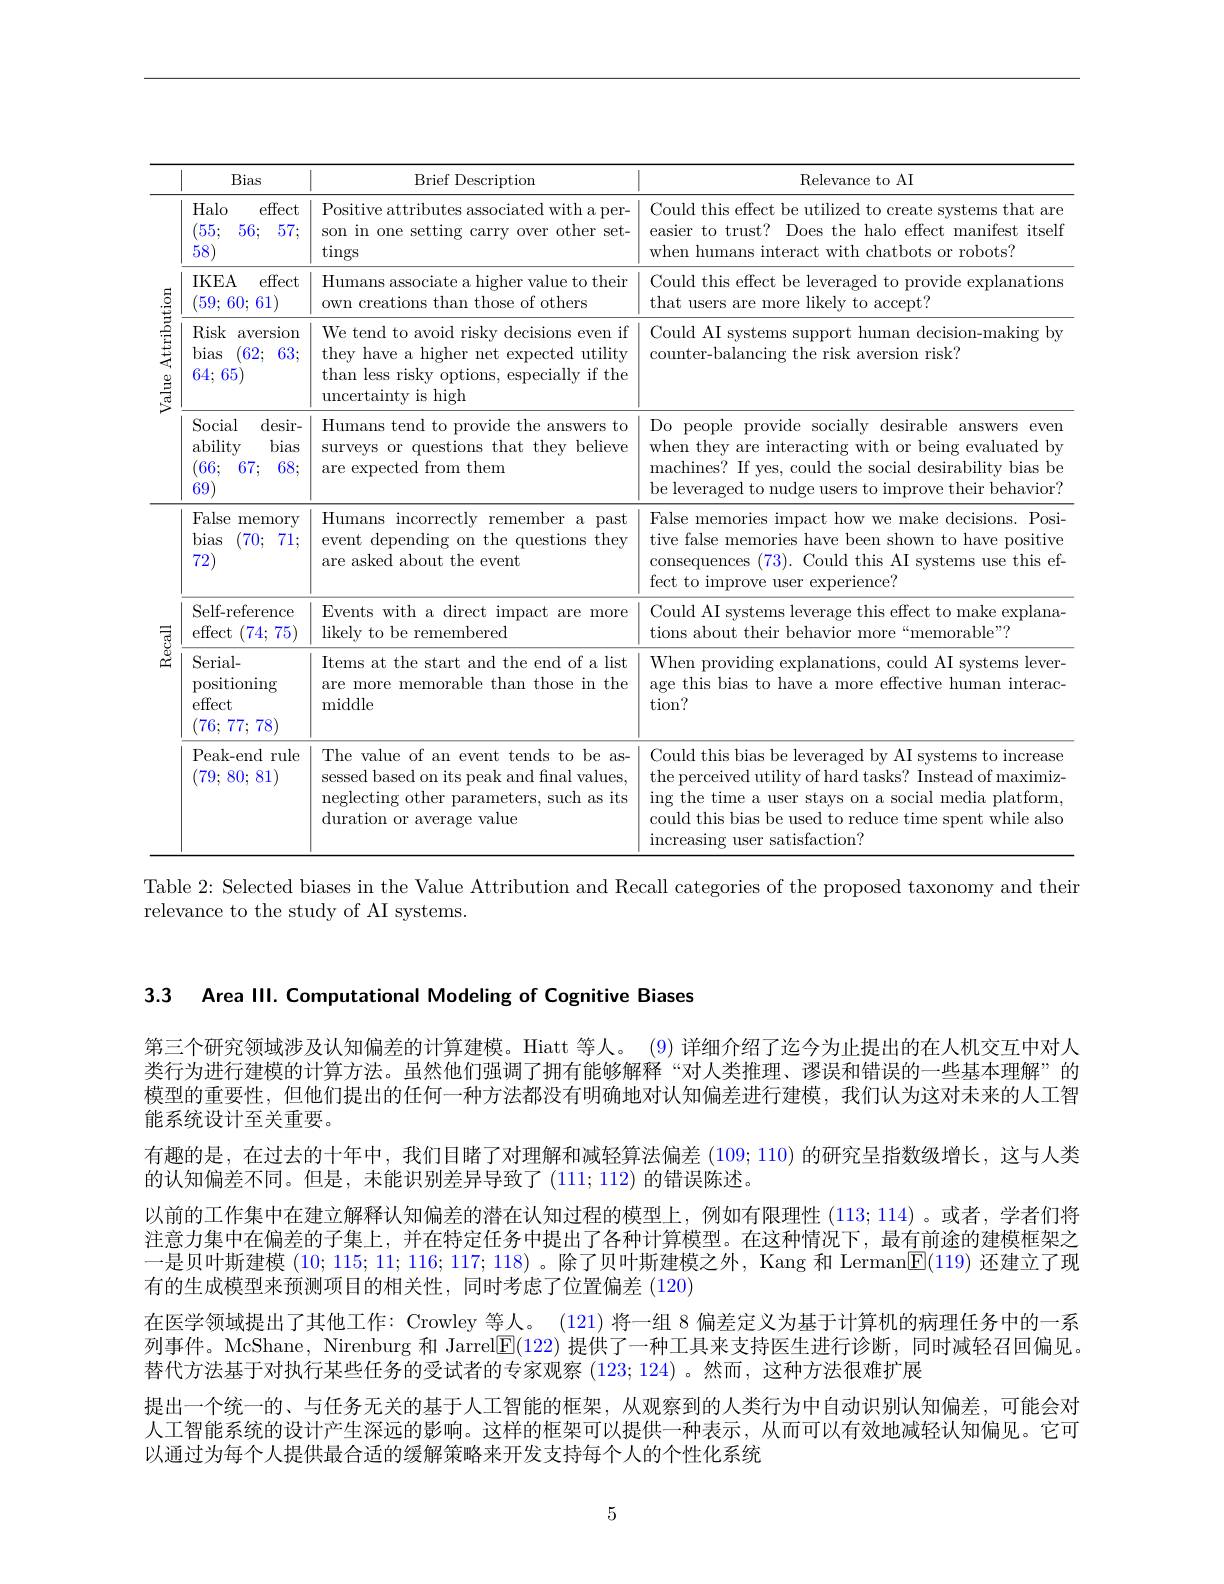
<table>
	<tbody>
		<tr>
			<th> </th>
			<th>Bias</th>
			<th>Brief Description</th>
			<th>Relevance to AI</th>
		</tr>
		<tr>
			<td> </td>
			<td>Halo effect 55: 56; 57; 58.</td>
			<td>Positive attributes associated with a per- son in one setting carry over other set- $\tan$gs</td>
			<td>Could this effect be utilized to create systems that are easier to trust? Does the halo effect manifest itself when humans interact with chatbots or robots?</td>
		</tr>
		<tr>
			<td rowspan="3">Value Attribution</td>
			<td>IKEA effect $59;\epsilon$ 60;61)</td>
			<td>Humans associate a higher value to their own creations than those of others</td>
			<td>Could this effect be leveraged to provide explanations that users are more likely to accept?</td>
		</tr>
		<tr>
			<td>Risk aversion bias 62; 63; 64;65</td>
			<td>We tend to avoid risky decisions even if they have a higher net expected utility than less risky options, especially if the uncertainty is high</td>
			<td>Could AI systems support human decision-making by counter-balancing the risk aversion risk?</td>
		</tr>
		<tr>
			<td>Social desir- ability bias 66: 67; 68; 69</td>
			<td>Humans tend to provide the answers to surveys or questions that they believe are expected from them</td>
			<td>Do people provide socially desirable answers even when they are interacting with or being evaluated by machines? If yes, could the social desirability bias be be leveraged to nudge users to improve their behavior?</td>
		</tr>
		<tr>
			<td> </td>
			<td>False memory bias 70; 71; 72</td>
			<td>Humans incorrectly remember a past event depending on the questions they are asked about the event</td>
			<td>False memories impact how we make decisions. Posi tive false memories have been shown to have positive consequences (73). Could this AI systems use this ef- fect to improve user experience?</td>
		</tr>
		<tr>
			<td rowspan="3"></td>
			<td>Self-reference effect (74;75)</td>
			<td>Events with a direct impact are more likely to be remembered</td>
			<td>Could AI systems leverage this effect to make explana tions about their behavior more“memorable”?</td>
		</tr>
		<tr>
			<td>Serial- positioning effect 76; 77; 78</td>
			<td>Items at the start and the end of a list are more memorable than those in the middle</td>
			<td>When providing explanations, could AI systems lever age this bias to have a more effective human interac $\operatorname{tion?}$</td>
		</tr>
		<tr>
			<td>Peak- end rule 79; 80; 81]</td>
			<td>The value of an event tends to be as- sessed based on its peak and final values, neglecting other parameters, such as its duration or average value</td>
			<td>Could this bias be leveraged by AI systems to increase the perceived utility of hard tasks? Instead of maximiz ing the time a user stays on a social media platform could this bias be used to reduce time spent while also increasing user satisfaction?</td>
		</tr>
	</tbody>
</table>

Table 2: Selected biases in the Value Attribution and Recall categories of the proposed taxonomy and their
relevance to the study of AI systems.

3.3 Area Ill. Computational Modeling of Cognitive Biases

第三个研究领域涉及认知偏差的计算建模。Hiatt 等人。(9) 详细介绍了迄今为止提出的在人机交互中对人类行为进行建模的计算方法。虽然他们强调了拥有能够解释“对人类推理、谬误和错误的一些基本理解”的模型的重要性，但他们提出的任何一种方法都没有明确地对认知偏差进行建模，我们认为这对未来的人工智能系统设计至关重要。
有趣的是，在过去的十年中，我们目睹了对理解和减轻算法偏差$(\color{red}{109;110})$的研究呈指数级增长，这与人类
的认知偏差不同。但是，未能识别差异导致了$(\color{red}{111;112})$的错误陈述。
以前的工作集中在建立解释认知偏差的潜在认知过程的模型上，例如有限理性(113;114) 。或者 ,学者们将注意力集中在偏差的子集上，并在特定任务中提出了各种计算模型。在这种情况下，最有前途的建模框架之一是贝叶斯建模(10;115;11;116;117;118) 。除了贝叶斯建模之外，Kang 和 Lerman$\boxed{\mathrm{F}}(119)$还建立了现有的生成模型来预测项目的相关性，同时考虑了位置偏差 (120)
在医学领域提出了其他工作：Crowley 等人。(121) 将一组 8 偏差定义为基于计算机的病理任务中的一系列事件。McShane, Nirenburg 和 Jarrel$\overline{\mathbb{E}}(122)$提供了一种工具来支持医生进行诊断，同时减轻召回偏见。替代方法基于对执行某些任务的受试者的专家观察 (123; 124)。然而，这种方法很难扩展
提出一个统一的、与任务无关的基于人工智能的框架，从观察到的人类行为中自动识别认知偏差，可能会对人工智能系统的设计产生深远的影响。这样的框架可以提供一种表示，从而可以有效地减轻认知偏见。它可以通过为每个人提供最合适的缓解策略来开发支持每个人的个性化系统

5